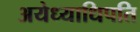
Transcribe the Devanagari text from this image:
अयेध्याधिपति